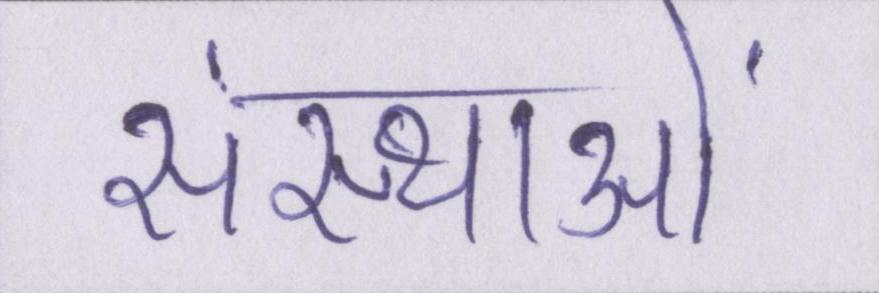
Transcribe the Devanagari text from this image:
संस्थाओं